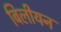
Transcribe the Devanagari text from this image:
बिलीयन